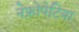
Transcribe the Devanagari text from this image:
नेफ्रोपेटिया